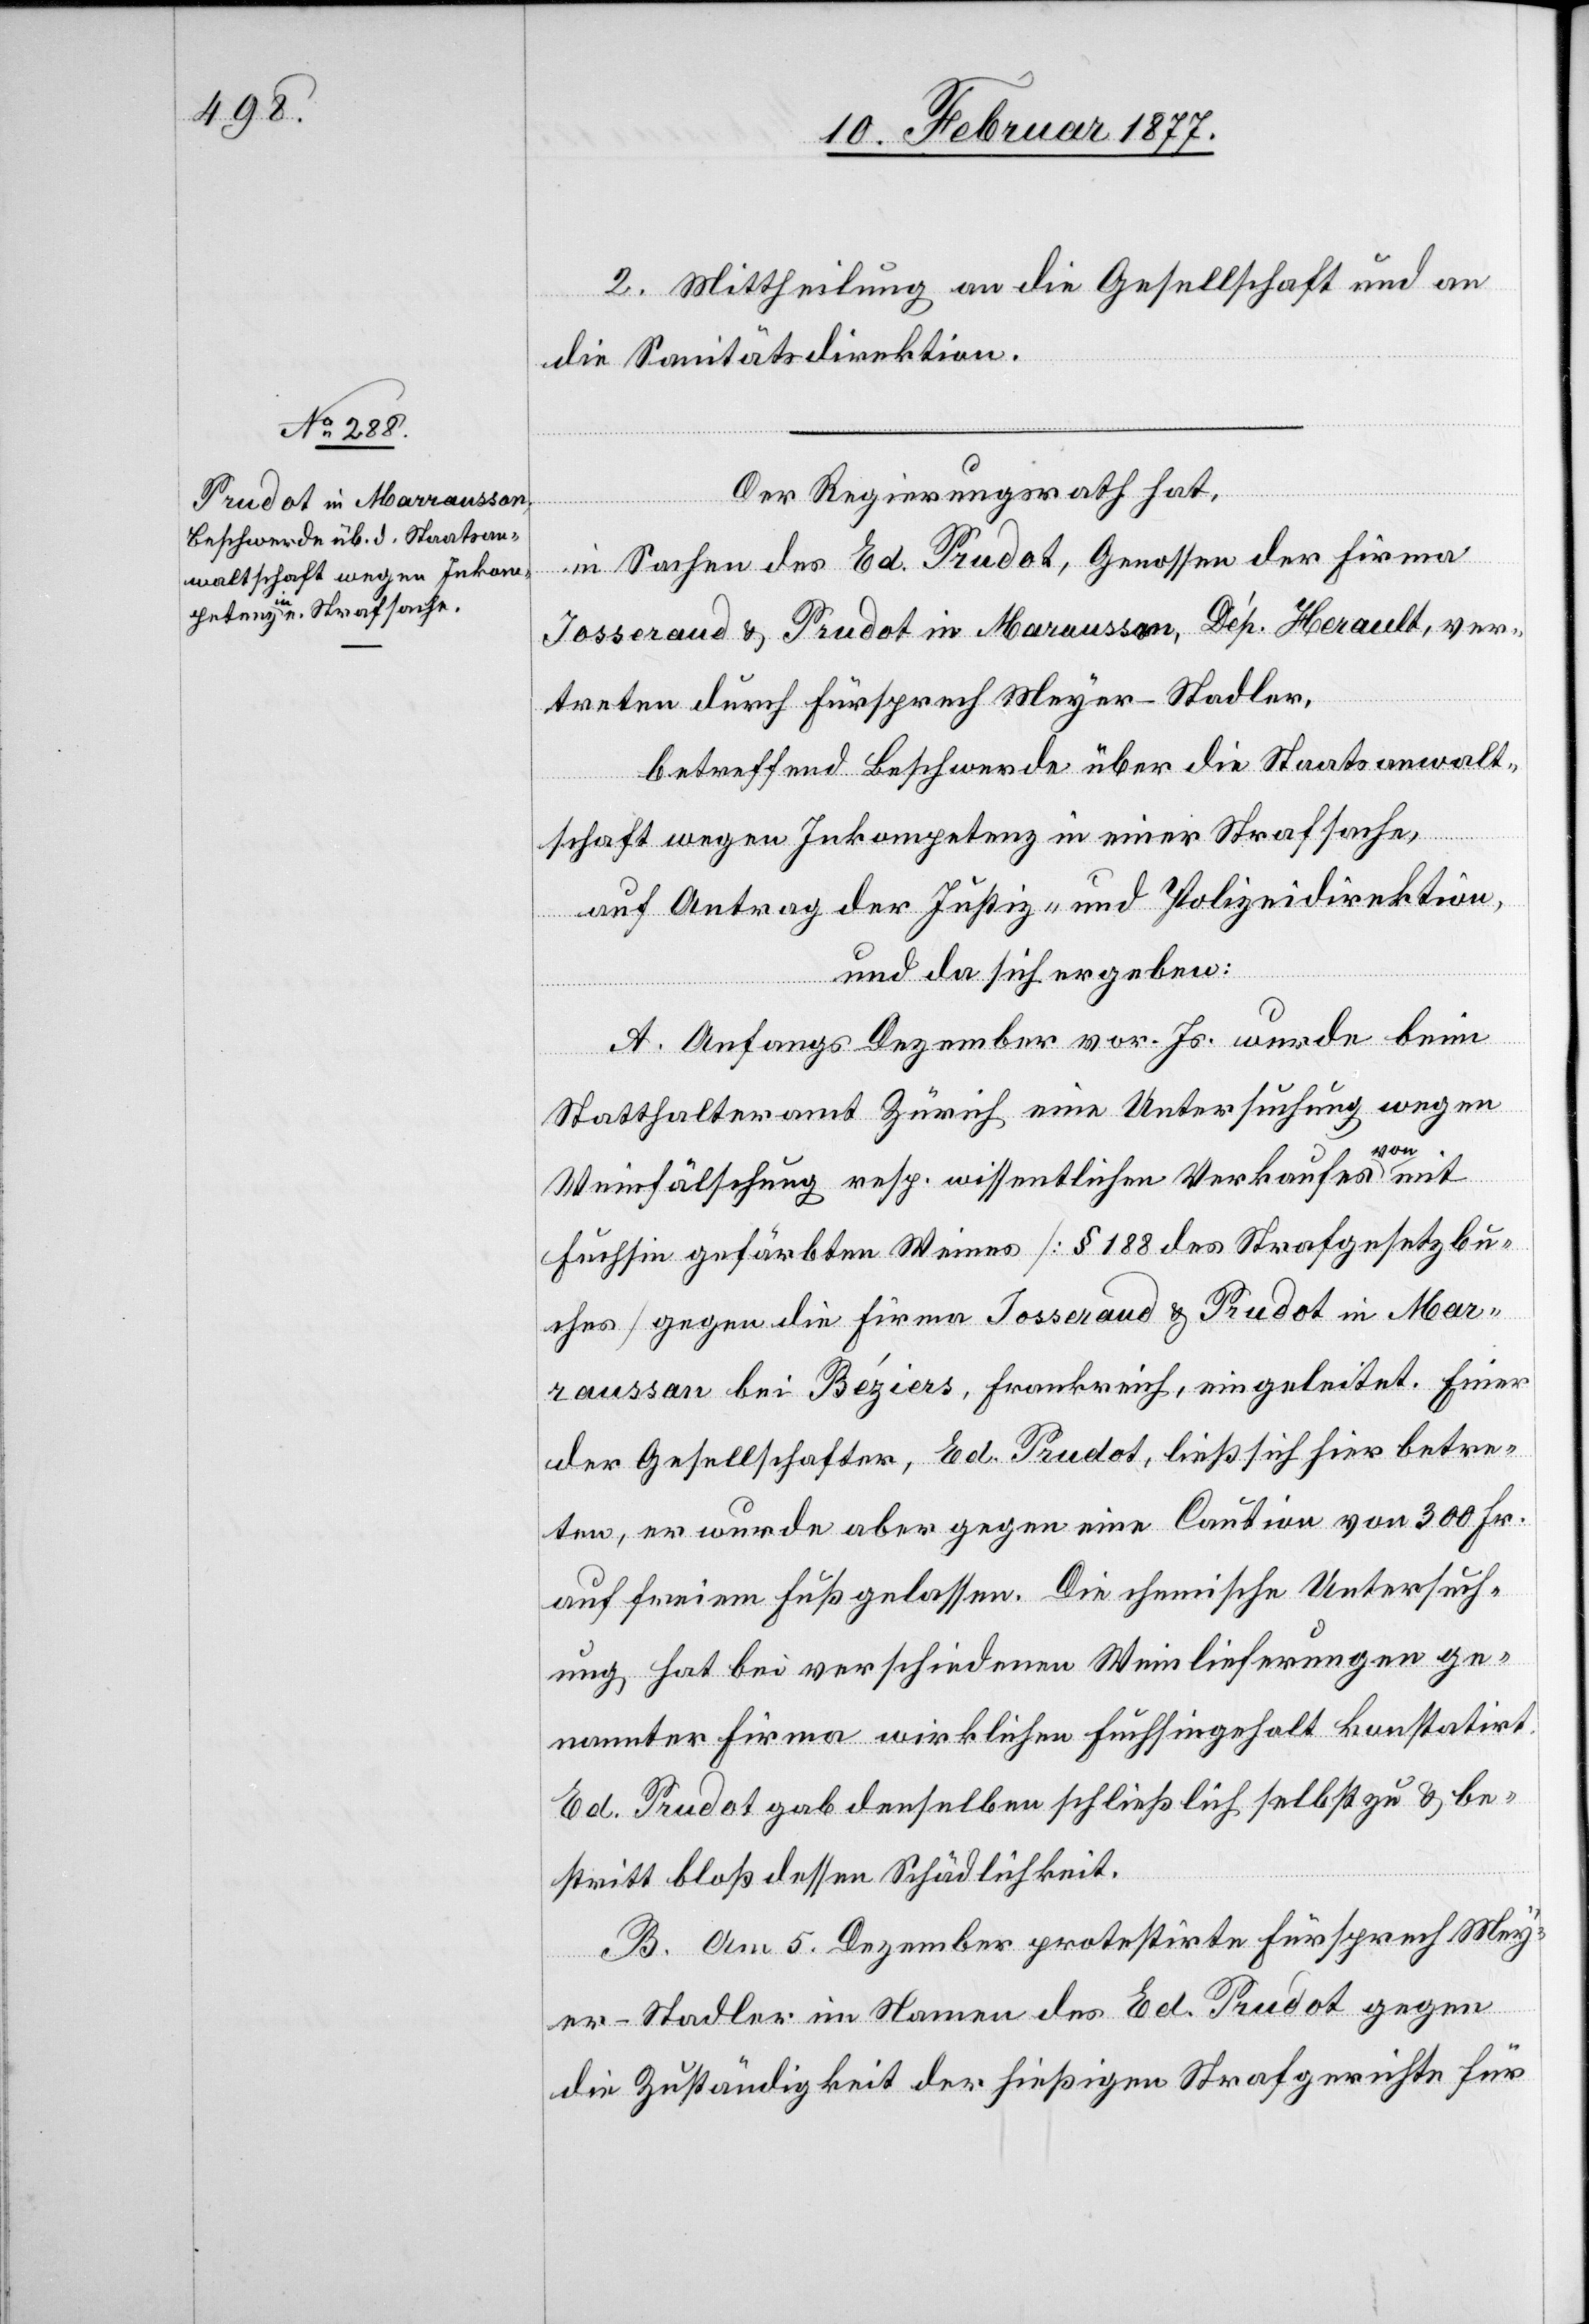
2. Mittheilung an die Gesellschaft und an
die Sanitätsdirektion.
Der Regierungsrath hat,
in Sachen des Ed. Prudot, Genossen der Firma
Josseraud & Prudot in Maraussan [sic!], Dép. Herault, ver¬
treten durch Fürsprech Meyer-Stadler,
betreffend Beschwerde über die Staatsanwalt¬
schaft wegen Inkompetenz in einer Strafsache,
auf Antrag der Justiz- und Polizeidirektion,
und da sich ergeben:
A. Anfangs Dezember vor. Js. wurde beim
Statthalteramt Zürich eine Untersuchung wegen
Weinfälschung resp. wissentlichen Verkaufes von mit
Fuchsin gefärbten Weines [§ 188 des Strafgesetzbu¬
ches] gegen die Firma Josseraud & Prudot in Mar¬
[sic!] bei Béziers, Frankreich, eingeleitet. Einer
der Gesellschafter, Ed. Prudot, ließ sich hier betre¬
ten, er wurde aber gegen eine Caution von 300 Fr.
auf freien Fuß gelassen. Die chemische Untersuch¬
ung hat bei verschiedenen Weinlieferungen ge¬
nannter Firma wirklichen Fuchsingehalt konstatirt.
Ed. Prudot gab denselben schließlich selbst zu & be¬
stritt bloß dessen Schädlichkeit.
B. Am 5. Dezember protestirte Fürsprech Mey¬
raussan
er-Stadler im Namen des Ed. Prudot gegen
die Zuständigkeit der hießigen Strafgerichte für